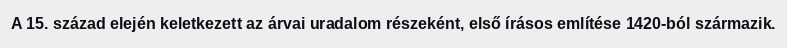
A 15. század elején keletkezett az árvai uradalom részeként, első írásos említése 1420-ból származik.